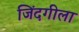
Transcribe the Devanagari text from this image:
जिंदगीला